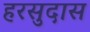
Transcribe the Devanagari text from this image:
हरसुदास